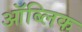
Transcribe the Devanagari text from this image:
ऑब्लिक